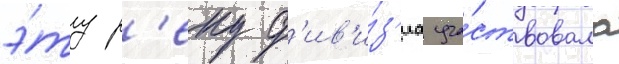
э́ту р'еку д'ив'и́з'иа уча́ствовала